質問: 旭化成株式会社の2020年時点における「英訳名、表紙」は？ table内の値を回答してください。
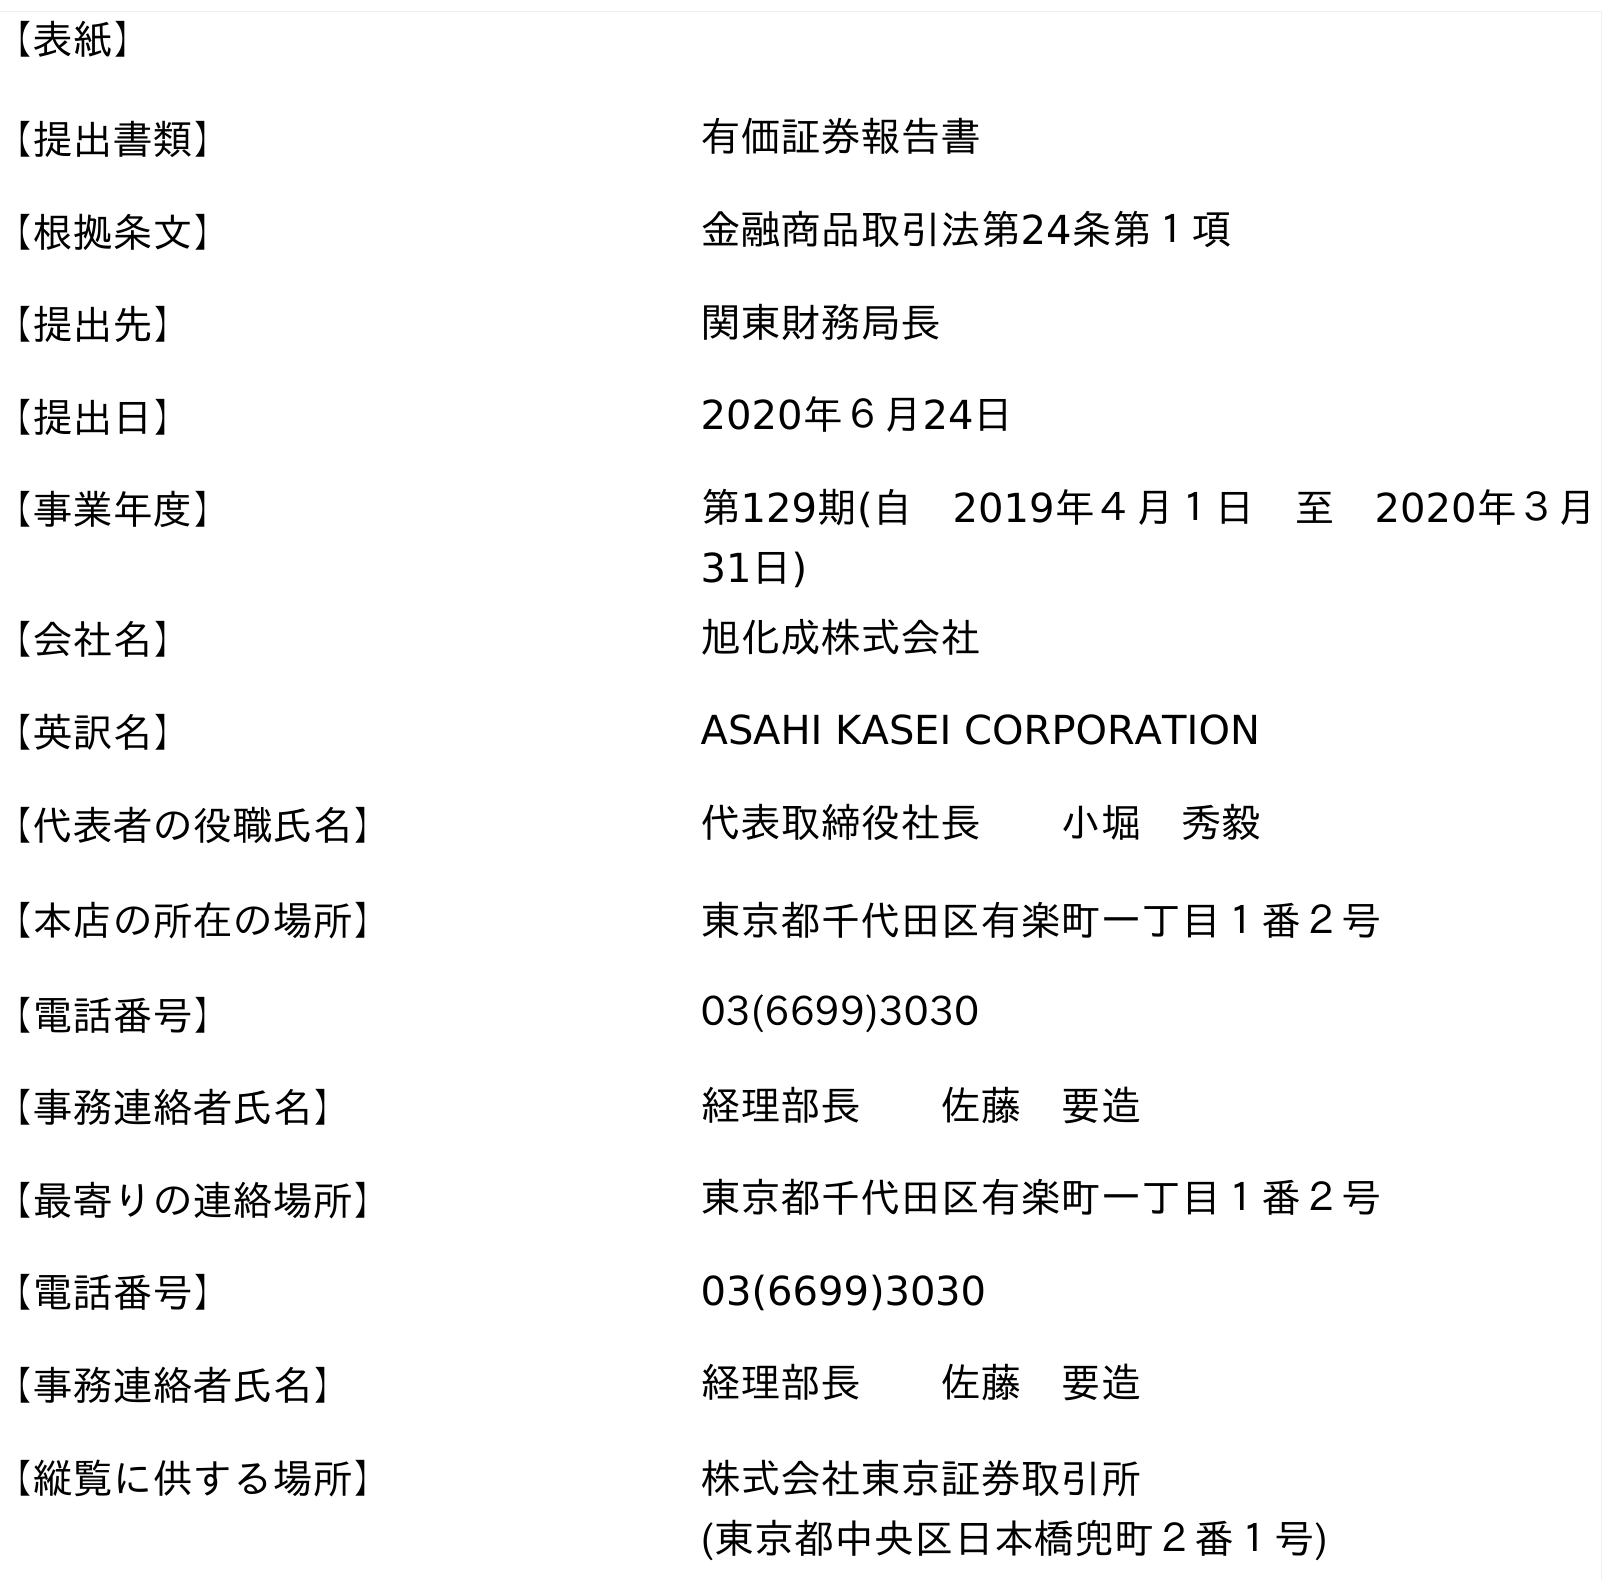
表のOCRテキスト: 【表紙】 【提出書類】 有価証券報告書 【根拠条文】 金融商品取引法第24条第１項 【提出先】 関東財務局長 【提出日】 2020年６月24日 【事業年度】 第129期(自 2019年４月１日 至 2020年３月 31日) 【会社名】 旭化成株式会社 【英訳名】 ASAHI KASEI CORPORATION 【代表者の役職氏名】 代表取締役社長  小堀 秀毅 【本店の所在の場所】 東京都千代田区有楽町一丁目１番２号 【電話番号】 03(6699)3030 【事務連絡者氏名】 経理部長  佐藤 要造 【最寄りの連絡場所】 東京都千代田区有楽町一丁目１番２号 【電話番号】 03(6699)3030 【事務連絡者氏名】 経理部長  佐藤 要造 【縦覧に供する場所】 株式会社東京証券取引所 (東京都中央区日本橋兜町２番１号)
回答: ASAHI KASEI CORPORATION